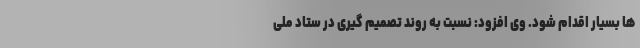
ها بسیار اقدام شود. وی افزود: نسبت به روند تصمیم گیری در ستاد ملی